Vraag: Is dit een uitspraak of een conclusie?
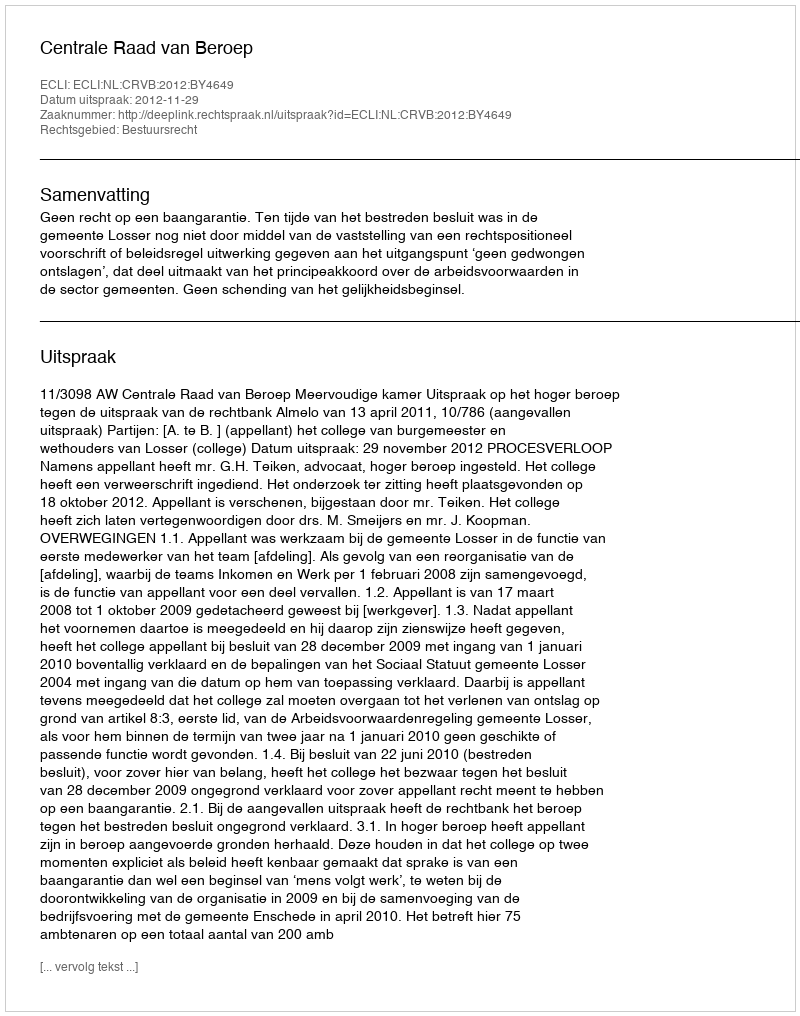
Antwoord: Uitspraak